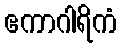
ဧကာဂါရိကံ